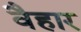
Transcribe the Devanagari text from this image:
वैहार